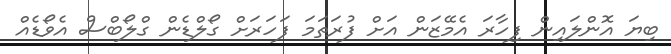
ބިޔަ އޮންލައިން ފިހާރަ އެމޭޒަން އަށް ފުރަތަމަ ފަހަރަށް ގޯލްޑެން ގްލޯބްސް އެވޯޑެއް